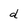
Character: d